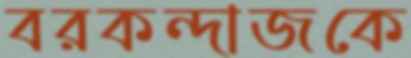
বরকন্দাজকে